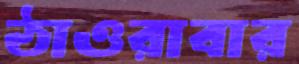
ঠাওরাবার